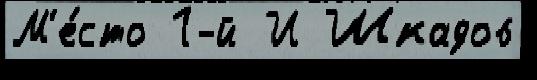
М'е́сто 1-й И Шкадов